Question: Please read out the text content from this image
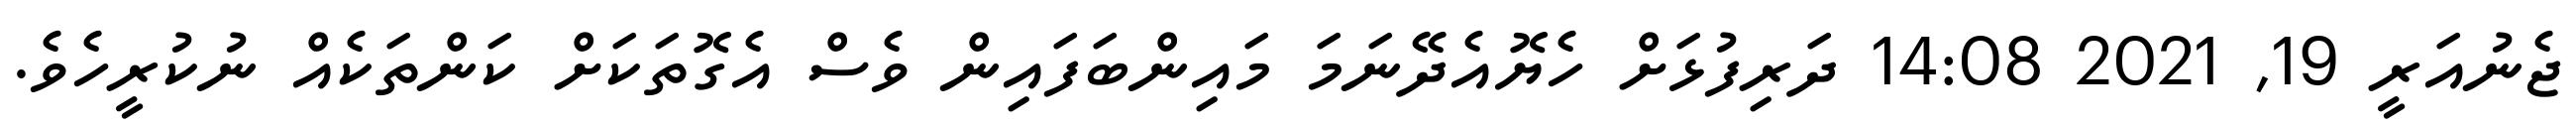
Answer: ޖެނުއަރީ 19, 2021 14:08 ދަރިފުޅަށް ހެޔޮއެދޭނަމަ މައިންބަފައިން ވެސް އެގޮތަކަށް ކަންތަކެއް ނުކުރީހެވެ.